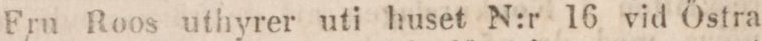
Fru Roos uthyrer uti huset N:r 16 vid Őstra